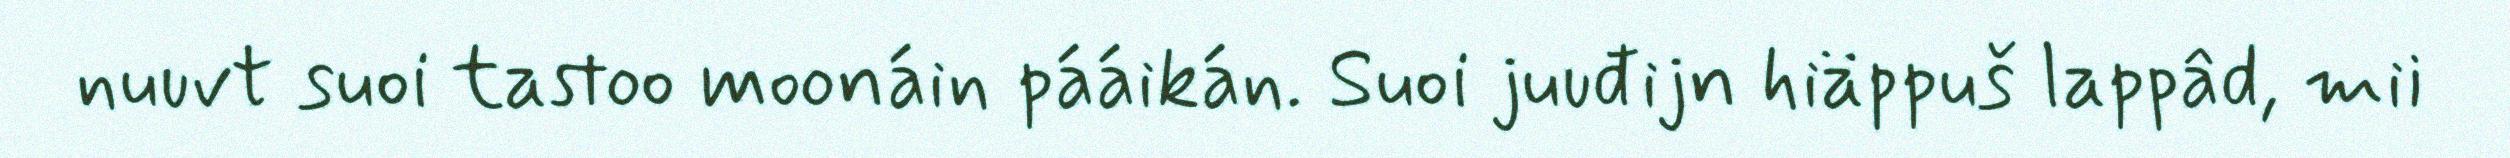
nuuvt suoi tastoo moonáin pááikán. Suoi juuđijn hiäppuš lappâd, mii